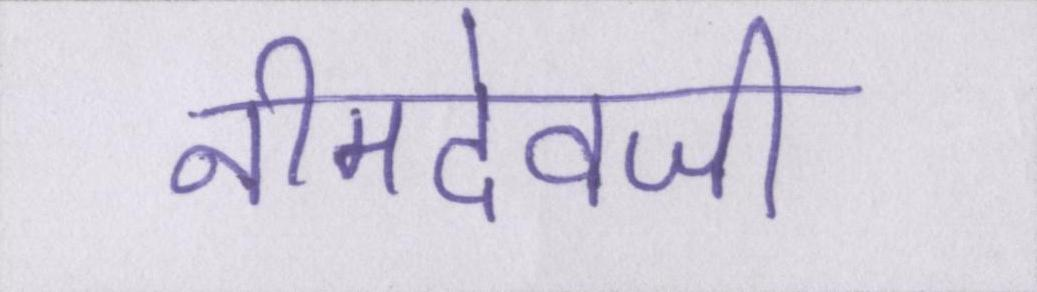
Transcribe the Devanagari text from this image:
नीमदेवजी